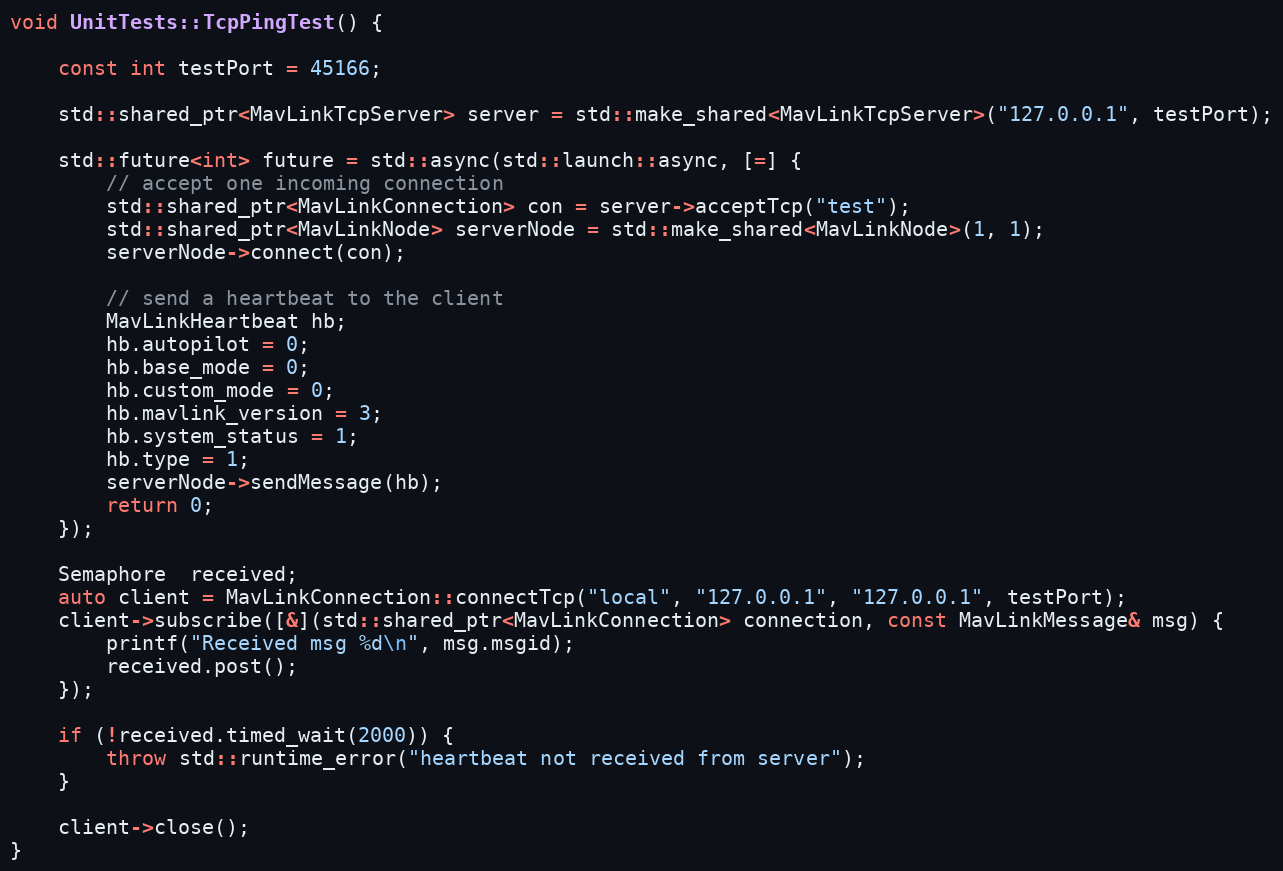
Language: C++
void UnitTests::TcpPingTest() {

	const int testPort = 45166;

	std::shared_ptr<MavLinkTcpServer> server = std::make_shared<MavLinkTcpServer>("127.0.0.1", testPort);

	std::future<int> future = std::async(std::launch::async, [=] {
		// accept one incoming connection
		std::shared_ptr<MavLinkConnection> con = server->acceptTcp("test");
		std::shared_ptr<MavLinkNode> serverNode = std::make_shared<MavLinkNode>(1, 1);
		serverNode->connect(con);

		// send a heartbeat to the client
		MavLinkHeartbeat hb;
		hb.autopilot = 0;
		hb.base_mode = 0;
		hb.custom_mode = 0;
		hb.mavlink_version = 3;
		hb.system_status = 1;
		hb.type = 1;
		serverNode->sendMessage(hb);
		return 0;
	});

	Semaphore  received;
	auto client = MavLinkConnection::connectTcp("local", "127.0.0.1", "127.0.0.1", testPort);
	client->subscribe([&](std::shared_ptr<MavLinkConnection> connection, const MavLinkMessage& msg) {
		printf("Received msg %d\n", msg.msgid);
		received.post();
	});

	if (!received.timed_wait(2000)) {
		throw std::runtime_error("heartbeat not received from server");
	}

	client->close();
}